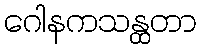
ဂေါနကသန္ထတာ